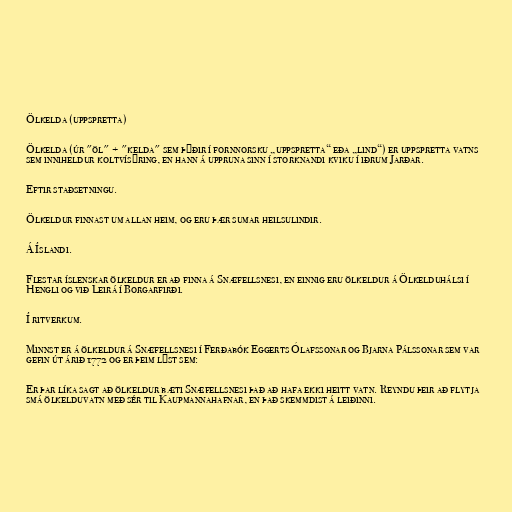
Ölkelda (uppspretta)

Ölkelda (úr "öl" + "kelda" sem þýðir í fornnorsku „uppspretta“ eða „lind“) er uppspretta vatns
sem inniheldur koltvísýring, en hann á uppruna sinn í storknandi kviku í iðrum Jarðar.

Eftir staðsetningu.

Ölkeldur finnast um allan heim, og eru þær sumar heilsulindir.

Á Íslandi.

Flestar íslenskar ölkeldur er að finna á Snæfellsnesi, en einnig eru ölkeldur á Ölkelduhálsi í
Hengli og við Leirá í Borgarfirði.

Í ritverkum.

Minnst er á ölkeldur á Snæfellsnesi í Ferðabók Eggerts Ólafssonar og Bjarna Pálssonar sem var
gefin út árið 1772 og er þeim lýst sem:

Er þar líka sagt að ölkeldur bæti Snæfellsnesi það að hafa ekki heitt vatn. Reyndu þeir að flytja
smá ölkelduvatn með sér til Kaupmannahafnar, en það skemmdist á leiðinni.